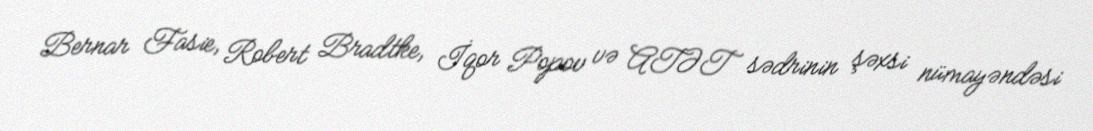
Bernar Fasie, Robert Bradtke, İqor Popov və ATƏT sədrinin şəxsi nümayəndəsi